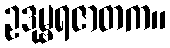
ဥဒုမ္ဗရဇာတက။